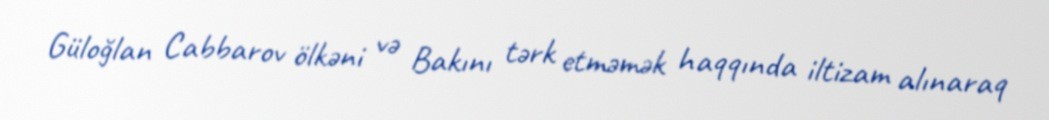
Güloğlan Cabbarov ölkəni və Bakını tərk etməmək haqqında iltizam alınaraq